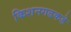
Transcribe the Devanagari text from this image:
किशनगढकडे